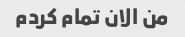
من الان تمام کردم